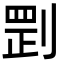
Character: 㓻